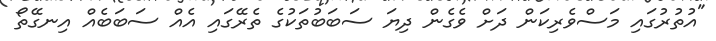
"އުތުރުގައި މަސްވެރިކަން ދަށް ވެގެން ދިޔަ ސަބަބުތަކުގެ ތެރޭގައި އެއް ސަބަބެއް އިނގޭތޯ